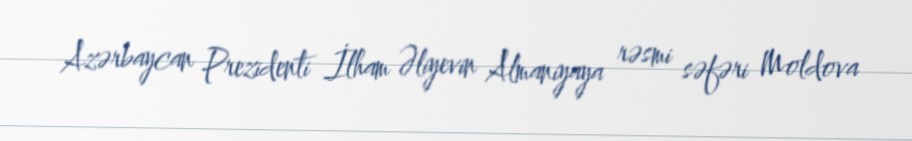
Azərbaycan Prezidenti İlham Əliyevin Almaniyaya rəsmi səfəri Moldova